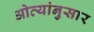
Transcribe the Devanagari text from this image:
ओव्यांनुसार